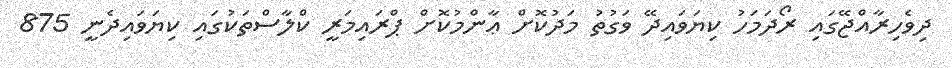
ދިވެހިރާއްޖޭގައި ރޯދަމަހު ކިޔަވައިދޭ ވަގުތު މަދުކޮށް ޢާންމުކޮށް ޕްރައިމަރީ ކްލާސްތަކުގައި ކިޔަވައިދެނީ 875